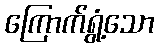
ကြောက်ရွံ့သော